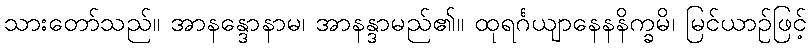
သားတော်သည်။ အာနန္ဒောနာမ၊ အာနန္ဒာမည်၏။ ထုရင်္ဂယျာနေနနိက္ခမိ၊ မြင်ယာဉ်ဖြင့်